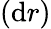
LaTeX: (\mathrm{d}r)